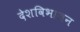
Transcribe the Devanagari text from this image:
देशविभाजन